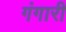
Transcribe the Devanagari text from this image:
गंगारी